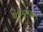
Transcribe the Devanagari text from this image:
बहुसंस्करण